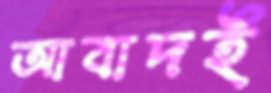
আবাদই